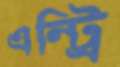
এন্ট্রি